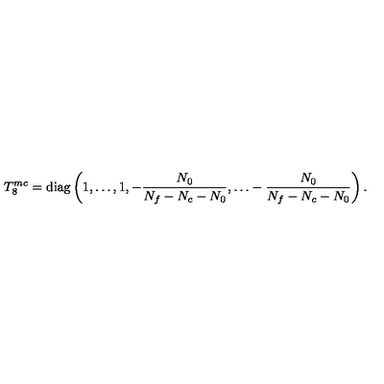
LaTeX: T _ { 8 } ^ { m c } = \mathrm { d i a g } \left( 1 , \dots , 1 , - \frac { N _ { 0 } } { N _ { f } - N _ { c } - N _ { 0 } } , \dots - \frac { N _ { 0 } } { N _ { f } - N _ { c } - N _ { 0 } } \right) .